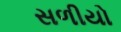
સળીયો